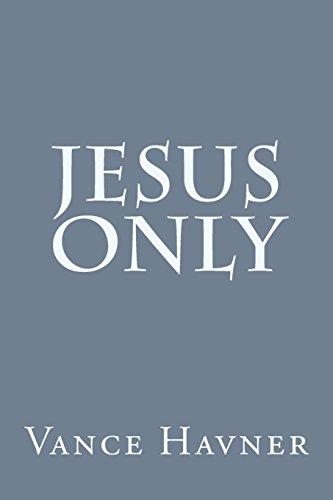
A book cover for Jesus Only; Vance Havner; Christian Books & Bibles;